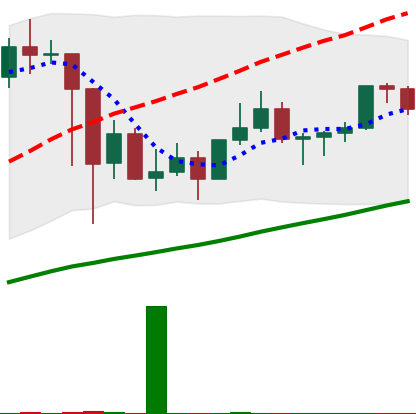
Ticker: LINK-USD
Chart end date: 2021-03-10
Forward return: -8.198%
Label: down_7plus